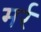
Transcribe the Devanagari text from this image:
मर्र